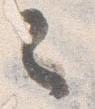
之